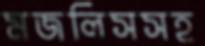
মজলিসসহ